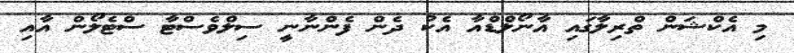
މި އެކްޝަން ތްރިލާގައި އާނޯލްޑްއާ އެކު ދެން ފެންނާނީ ސިލްވެސްޓާ ސްޓެލޯން އާއި